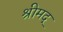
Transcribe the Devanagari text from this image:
श्रीमद्‍